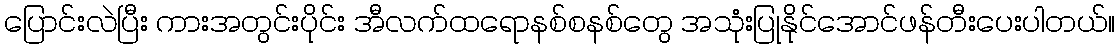
ပြောင်းလဲပြီး ကားအတွင်းပိုင်း အီလက်ထရောနစ်စနစ်တွေ အသုံးပြုနိုင်အောင်ဖန်တီးပေးပါတယ်။